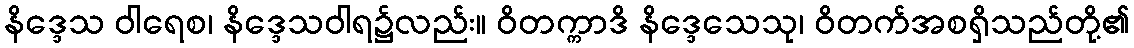
နိဒ္ဒေသ ဝါရေစ၊ နိဒ္ဒေသဝါရ၌လည်း။ ဝိတက္ကာဒိ နိဒ္ဒေသေသု၊ ဝိတက်အစရှိသည်တို့၏